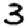
Digit: 3